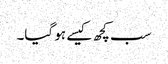
سب کچھ کیسے ہو گیا۔